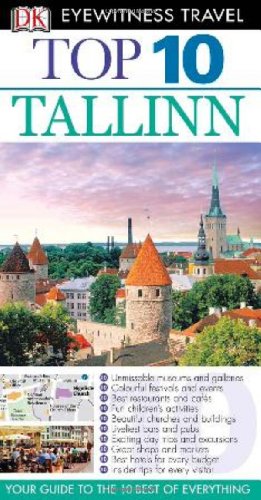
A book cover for Tallinn. (DK Eyewitness Top 10 Travel Guide); Various; Travel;